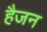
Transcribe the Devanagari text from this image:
हैजन